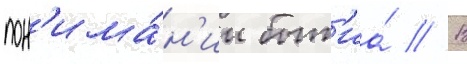
пон'има́н'ии быт'иа́ // В